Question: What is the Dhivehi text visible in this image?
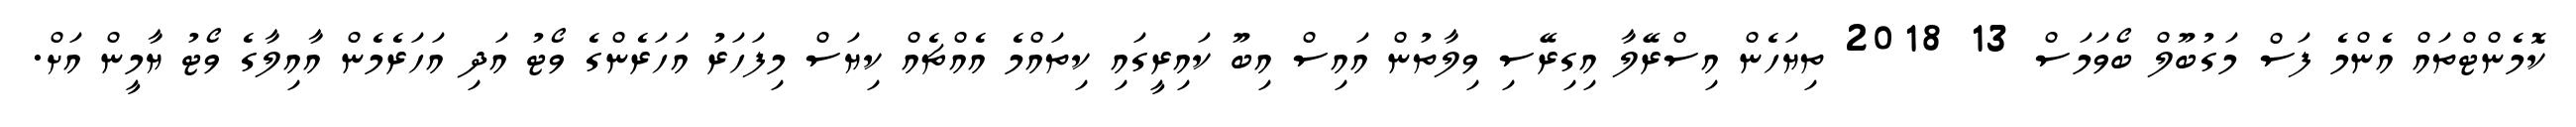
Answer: ކޮމެންޓްތައް އެންމެ ފަސް މަގުބޫލް ބޯވަމަސް 13 2018 ތިޔަހެން އިސްރޭލާ އިގިރޭސި ވިލާތުން އައިސް އިބޫ ކައިރީގައި ކިތައްމެ އެއްޗެއް ކިޔަސް މިފަހަރު އަހަރެންގެ ވޯޓު އަދި އަހަރެމެން އާއިލާގެ ވޯޓު ޔާމީން އަށް.